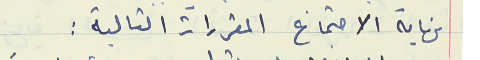
نهاية الاجتماع المقررات التالية :